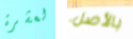
لعشرة بالأصل